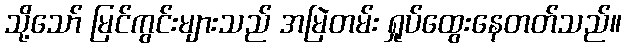
သို့သော် မြင်ကွင်းများသည် အမြဲတမ်း ရှုပ်ထွေးနေတတ်သည်။